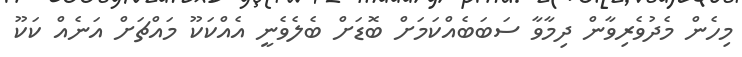
މިހެން މެދުވެރިވާން ދިމާވާ ސަބަބެއްކަމަށް ބޮޑަށް ބެލެވެނީ އެއްކަކޫ މައްޗަށް އަނެއް ކަކޫ